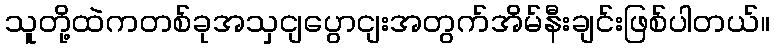
သူတို့ထဲကတစ်ခုအသှငျပွောငျးအတွက်အိမ်နီးချင်းဖြစ်ပါတယ်။